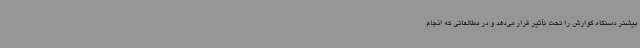
بیشتر دستگاه گوارش را تحت تأثیر قرار می‌دهد و در مطالعاتی که انجام